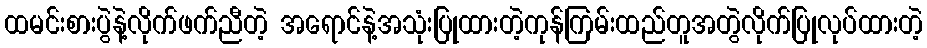
ထမင်းစားပွဲနဲ့လိုက်ဖက်ညီတဲ့ အရောင်နဲ့အသုံးပြုထားတဲ့ကုန်ကြမ်းထည်တူအတွဲလိုက်ပြုလုပ်ထားတဲ့